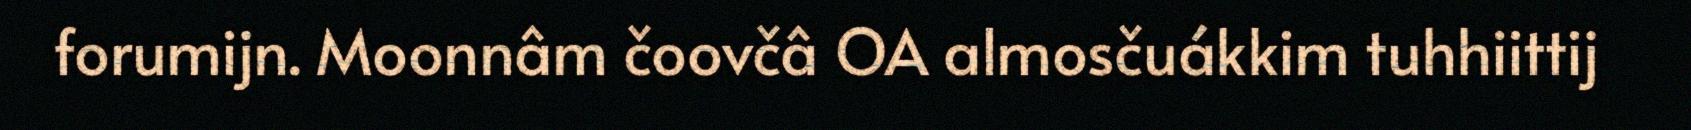
forumijn. Moonnâm čoovčâ OA almosčuákkim tuhhiittij